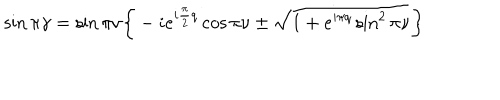
\sin \pi \gamma = \sin \pi \nu \bigg \{ - i e ^ { i \frac { \pi } { 2 } q } \cos \pi \nu \pm \sqrt { 1 + e ^ { i \pi q } \sin ^ { 2 } \pi \nu } \bigg \}